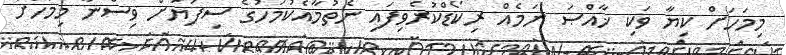
މިމަހަށް ކިޔާ ވަކި ޚާއްޞަ ނަމެއް ރިކޯޑްކުރެވިފައި ނެތުމާއެކުމަހުގެ ސިފަޔަށް ވިސްނާ މިމަހަށް